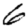
Digit: 6